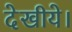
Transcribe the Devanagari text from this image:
देखीये।